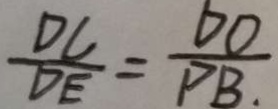
\frac { D C } { D E } = \frac { D O } { P B } .